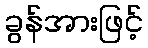
ခွန်အားဖြင့်